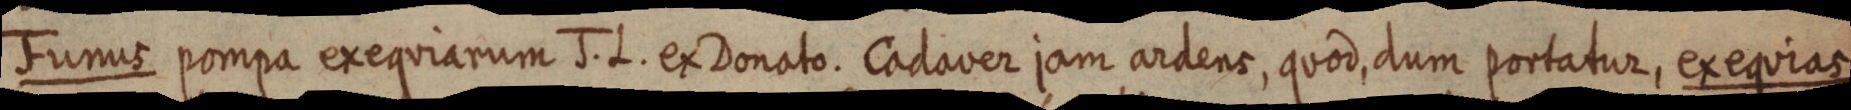
Funus pompa exequiarum J. L. ex Donato. Cadaver jam ardens, quod, dum portatur, exequias